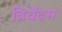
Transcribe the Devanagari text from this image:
त्रिवेंदम